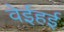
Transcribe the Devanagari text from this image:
वेईहई